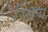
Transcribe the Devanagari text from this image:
स्थिय